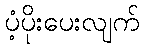
ပံ့ပိုးပေးလျက်